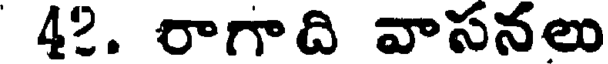
42. రాగాది వాసనలు